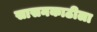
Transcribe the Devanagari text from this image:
सासनकाठीला